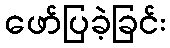
ဖော်ပြခဲ့ခြင်း